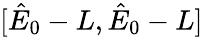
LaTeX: [\hat{E}_{0}-L,\hat{E}_{0}-L]